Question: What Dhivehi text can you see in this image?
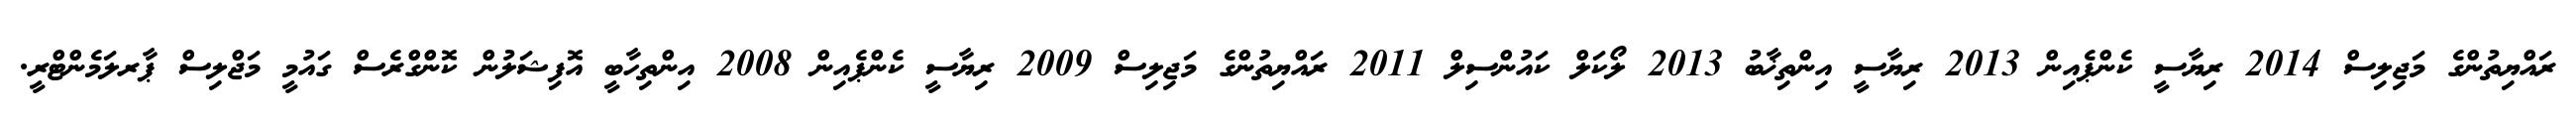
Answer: ރައްޔިތުންގެ މަޖިލިސް 2014 ރިޔާސީ ކެންޕެއިން 2013 ރިޔާސީ އިންތިޚާބު 2013 ލޯކަލް ކައުންސިލް 2011 ރައްޔިތުންގެ މަޖިލިސް 2009 ރިޔާސީ ކެންޕެއިން 2008 އިންތިހާބީ އޮފިޝަލުން ކޮންގްރެސް ގައުމީ މަޖްލިސް ޕާރލަމެންޓްރީ.